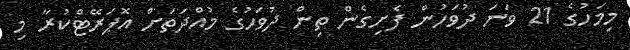
މިމަހުގެ 21 ވަނަ ދުވަހުން ފެށިގެން ތިން ދުވަހުގެ މުއްދަތަށް އޮޕަރޭޓްކުރާ މި